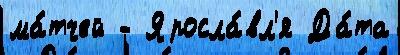
ма́тчей - Яросла́вл'я Да́та